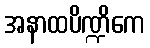
အနာထပိဏ္ဍိကေ